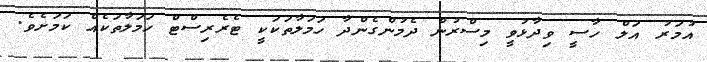
އުމަރު އަލް ހާސީ ވިދާޅުވީ މިސްރުން ދެމުންގެންދާ ހަމަލާތަކަކީ ޓެރެރިސްޓް ހަމަލާތަކެއް ކަމަށެވެ.